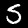
Label: 5